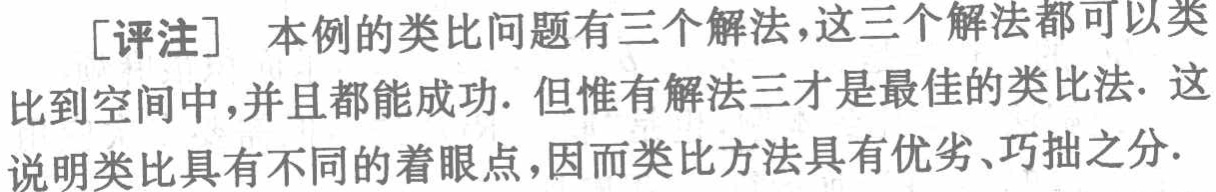
[评注] 本例的类比问题有三个解法，这三个解法都可以类比到空间中，并且都能成功. 但惟有解法三才是最佳的类比法. 这说明类比具有不同的着眼点，因而类比方法具有优劣、巧拙之分.